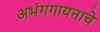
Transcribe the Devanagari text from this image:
अभंगगायनाचे